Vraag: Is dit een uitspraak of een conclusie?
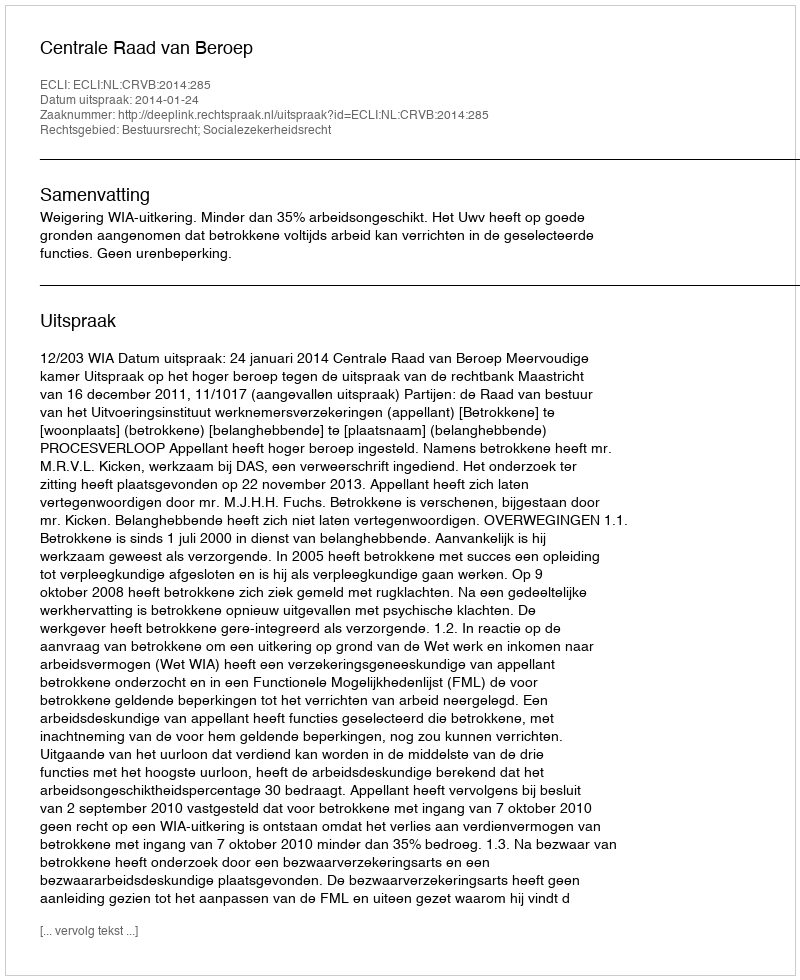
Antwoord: Uitspraak